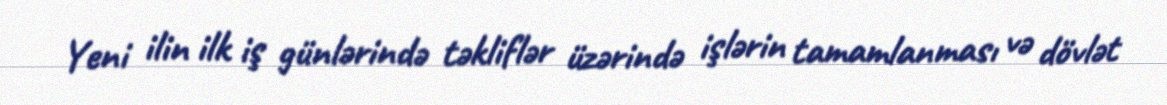
Yeni ilin ilk iş günlərində təkliflər üzərində işlərin tamamlanması və dövlət